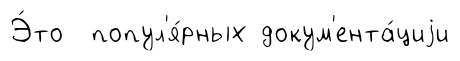
Э́то попул'я́рных докум'ента́циjи